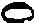
o